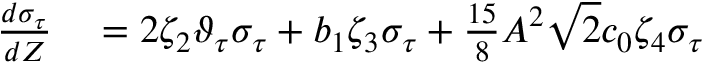
\begin{array} { r l } { \frac { d \sigma _ { \tau } } { d Z } } & { { } = 2 \zeta _ { 2 } \vartheta _ { \tau } \sigma _ { \tau } + b _ { 1 } \zeta _ { 3 } \sigma _ { \tau } + \frac { 1 5 } { 8 } A ^ { 2 } \sqrt { 2 } c _ { 0 } \zeta _ { 4 } \sigma _ { \tau } } \end{array}